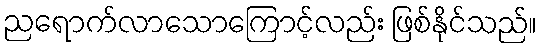
ညရောက်လာသောကြောင့်လည်း ဖြစ်နိုင်သည်။